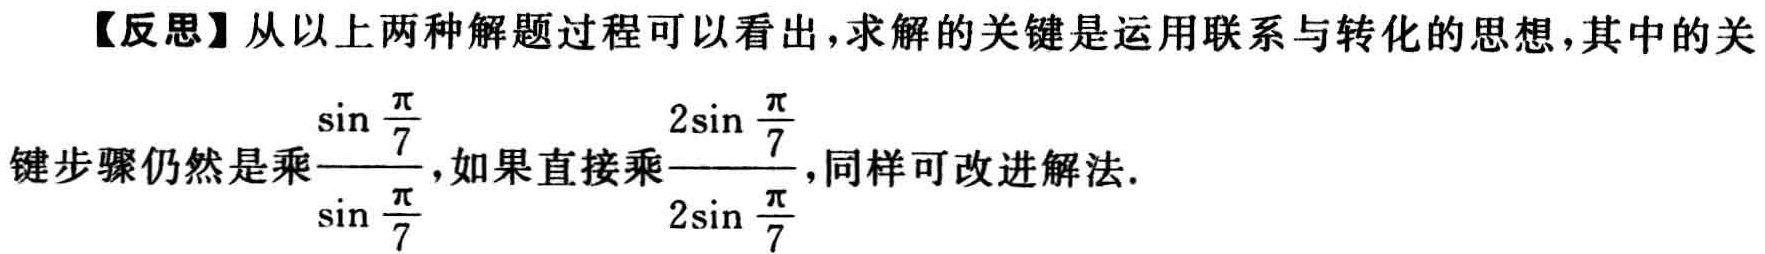
【反思】从以上两种解题过程可以看出，求解的关键是运用联系与转化的思想，其中的关

键步骤仍然是乘\(\frac{\sin\frac{\pi}{7}}{\sin\frac{\pi}{7}}\)，如果直接乘\(\frac{2\sin\frac{\pi}{7}}{2\sin\frac{\pi}{7}}\)，同样可改进解法.